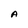
Character: A